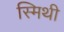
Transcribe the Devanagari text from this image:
स्मिथी